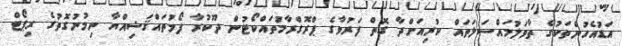
އަޑުއެހުންތަކުގެ ތާވަލުމައްސަލަތައް ކުރިއަށްދާ ގޮތް ފަރުވާގެ ޕްރޮގްރާމުތައްކޯޓުން ދޫކުރާ ފޯމުތައްޤަޟިއްޔާ ނިމުނުގޮތުގެ ރިޕޯޓް